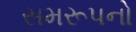
સમરૂપનો